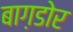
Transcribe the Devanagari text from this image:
बाग़डोर